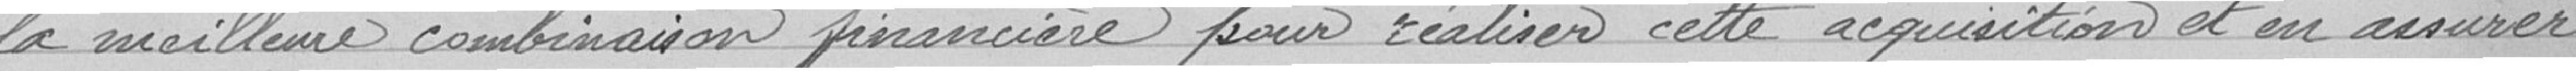
la meilleure combinaison financière pour réaliser cette acquisition et en assurer